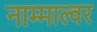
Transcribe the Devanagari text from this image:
नाम्माल्वर